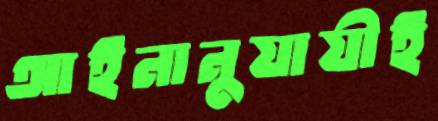
আইনানুযায়ীই